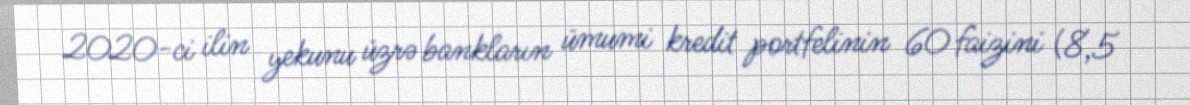
2020-ci ilin yekunu üzrə bankların ümumi kredit portfelinin 60 faizini (8,5